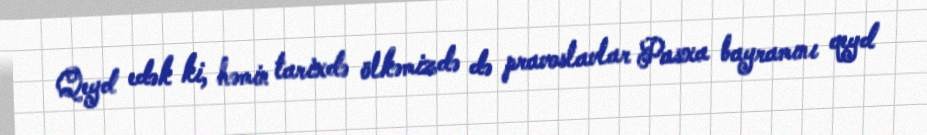
Qeyd edək ki, həmin tarixdə ölkəmizdə də pravoslavlar Pasxa bayramını qeyd